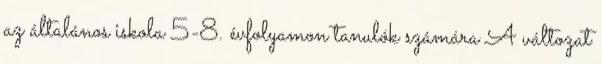
az általános iskola 5-8. évfolyamon tanulók számára A változat